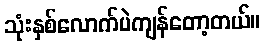
သုံးနှစ်လောက်ပဲကျန်တော့တယ်။